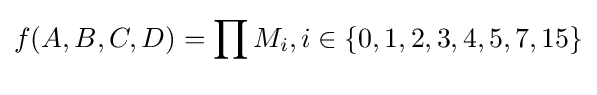
f(A,B,C,D)=\prod _{}M_{i},i\in \{0,1,2,3,4,5,7,15\}